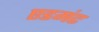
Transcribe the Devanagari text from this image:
एडमंट